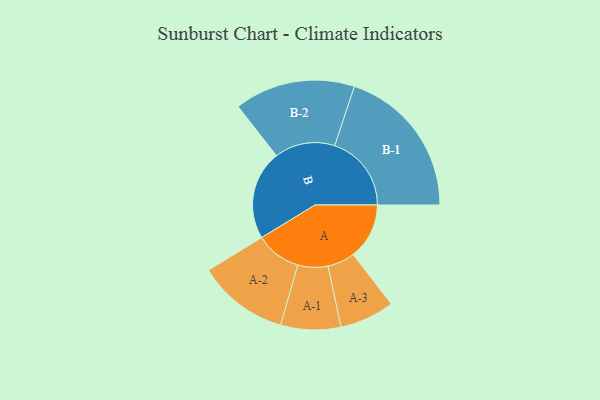
{"axis": {"x": "Segment", "y": "Value"}, "legend": ["", "A", "B"], "data": [{"x": "A", "y": 209, "type": ""}, {"x": "B", "y": 333, "type": ""}, {"x": "A-1", "y": 112, "type": "A"}, {"x": "A-2", "y": 170, "type": "A"}, {"x": "A-3", "y": 102, "type": "A"}, {"x": "B-1", "y": 286, "type": "B"}, {"x": "B-2", "y": 225, "type": "B"}]}